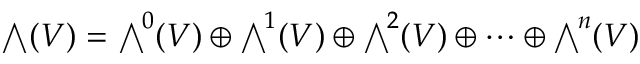
{ \textstyle \bigwedge } ( V ) = { \textstyle \bigwedge } ^ { \! 0 } ( V ) \oplus { \textstyle \bigwedge } ^ { \! 1 } ( V ) \oplus { \textstyle \bigwedge } ^ { \! 2 } ( V ) \oplus \cdots \oplus { \textstyle \bigwedge } ^ { \! n } ( V )